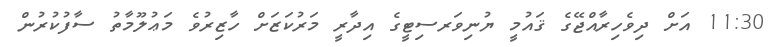
11:30 އަށް ދިވެހިރާއްޖޭގެ ޤައުމީ ޔުނިވަރސިޓީގެ އިދާރީ މަރުކަޒަށް ހާޒިރުވެ މަޢުލޫމާތު ސާފުކުރުން